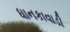
ધાનકાવાડી